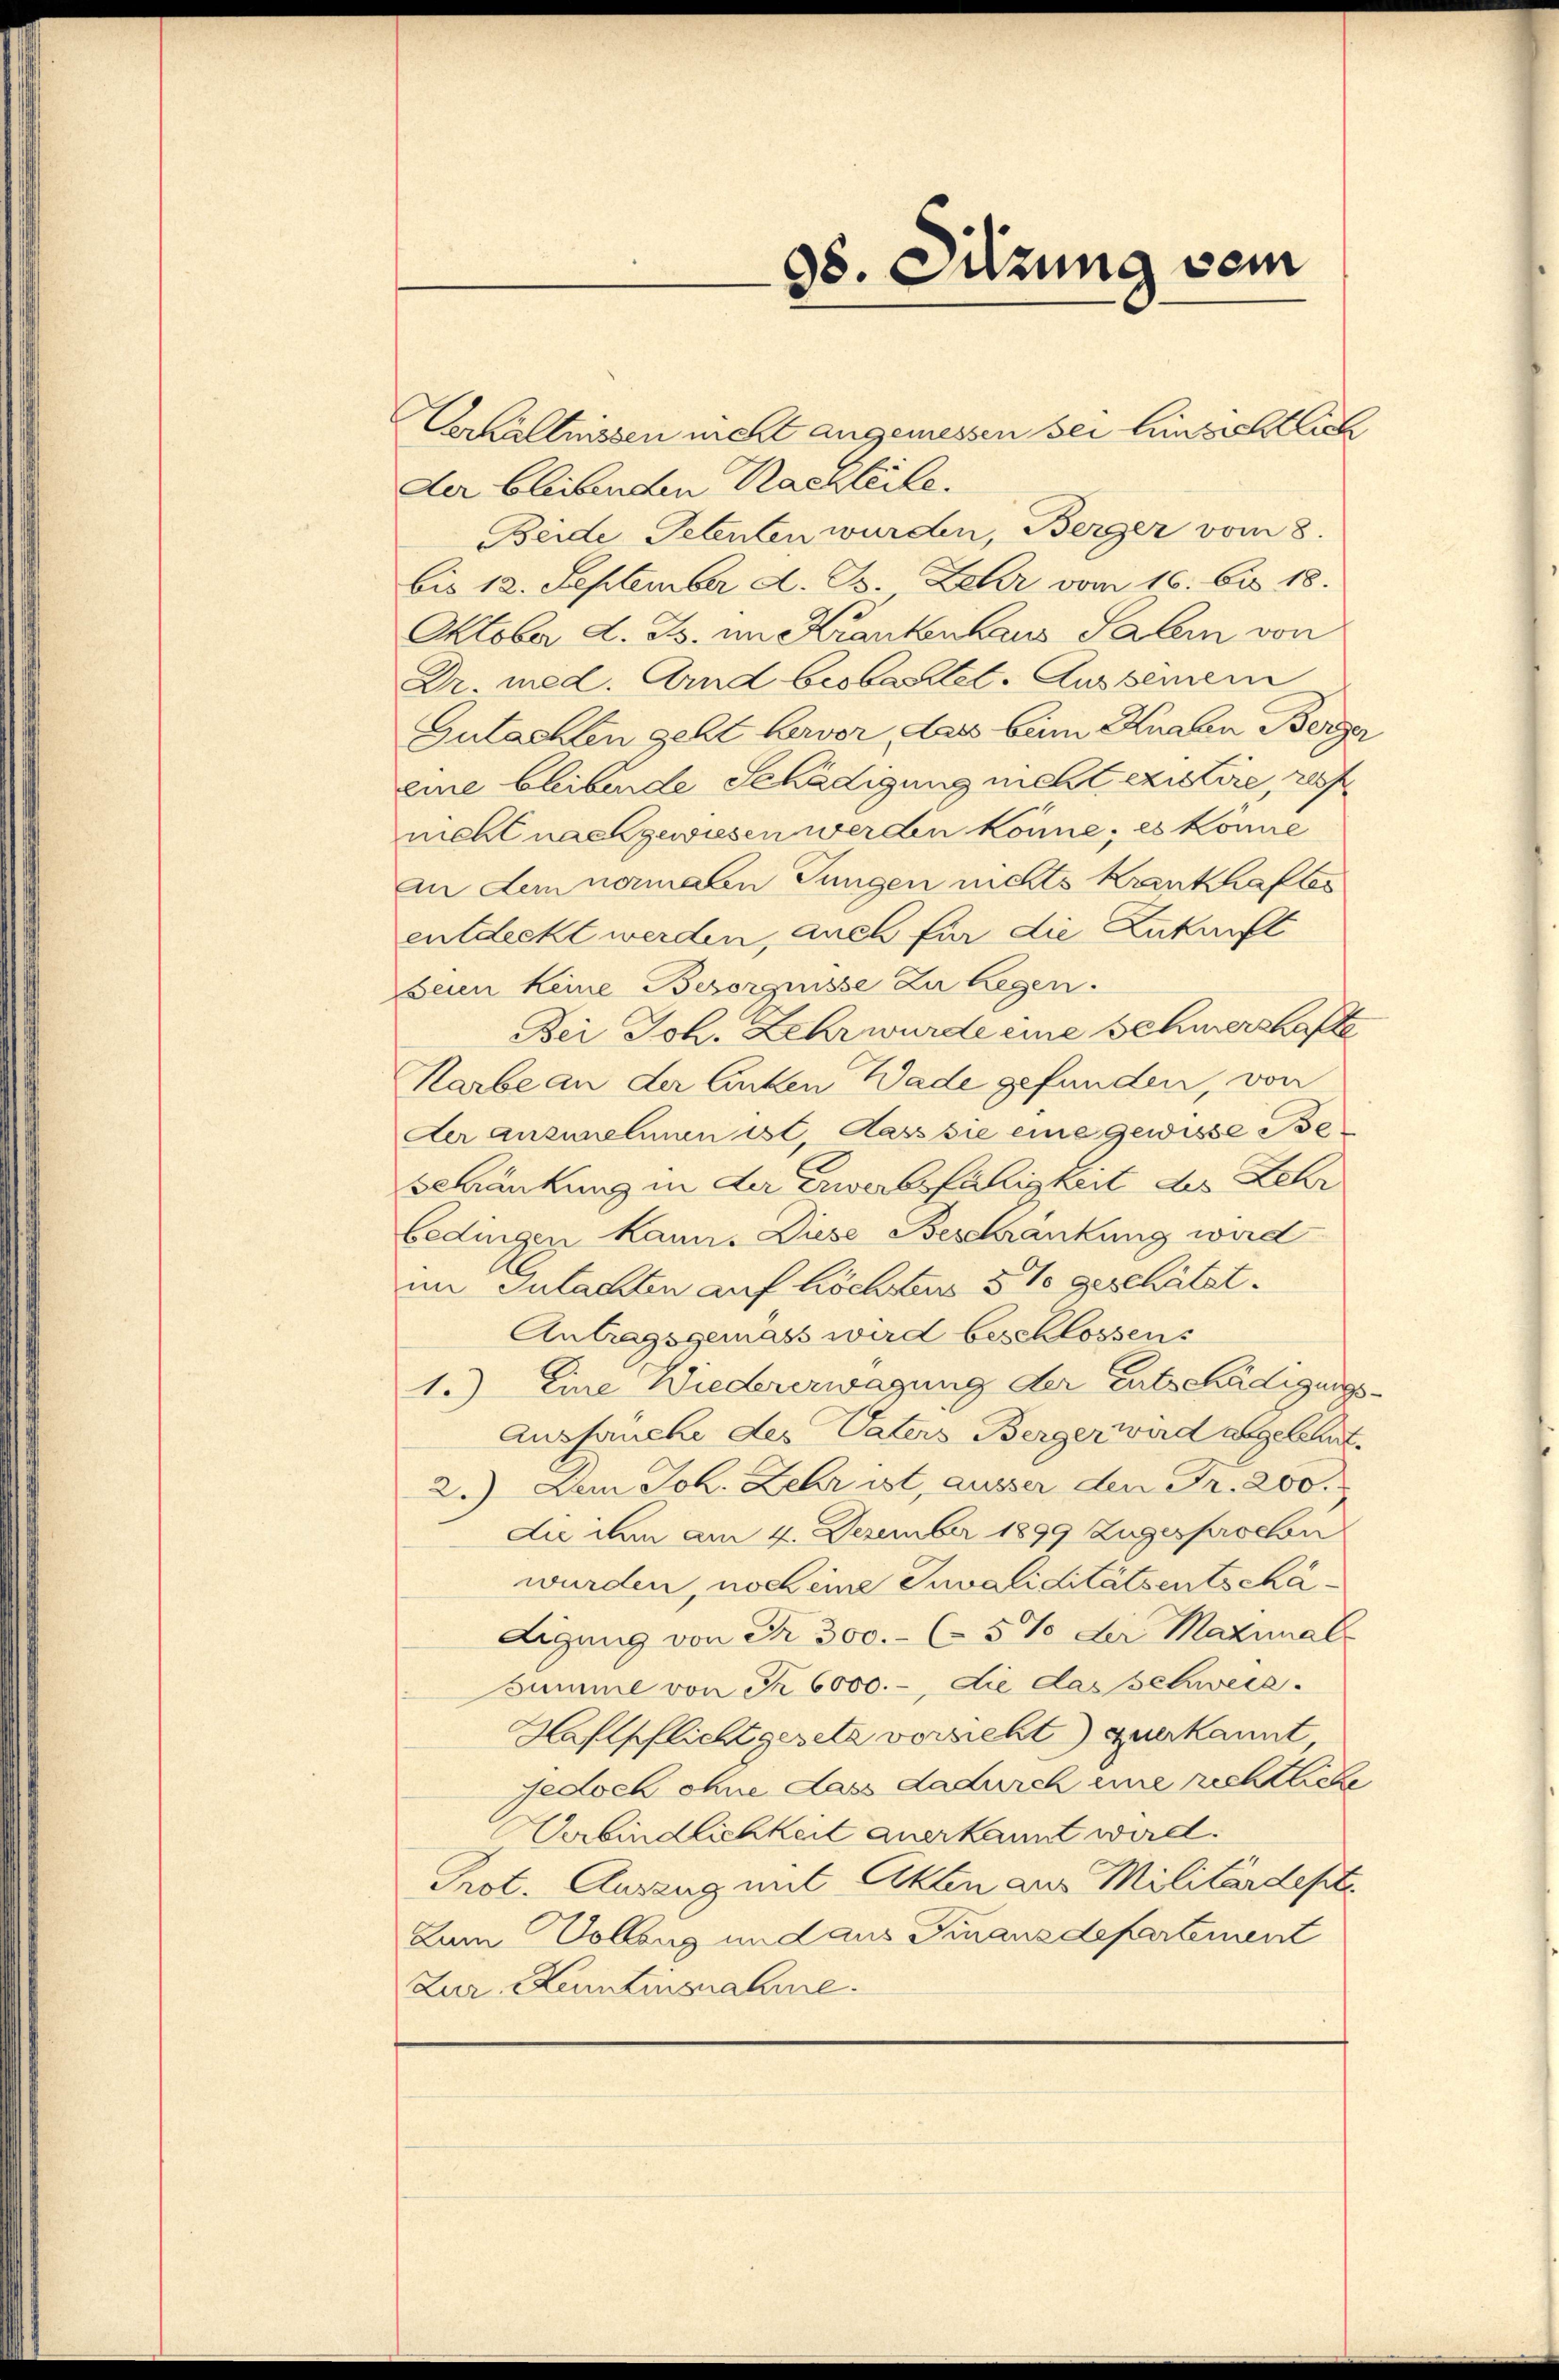
98. Sitzung dem

Verhältnissen nicht angemessen sei Hinsichtlich
Der bleibenden Kaszteile.
Beide Petenten wurden, Berger vom 8.
bis 12. September d. B. Lehr vom 16. bis 18.
Oktober d. Js. im Krankenhaus Salein von
Dr. med. Arnd beobachtet. Ausseinem
Gutachten geht hervor, dass beim Knaben Berger
eine bleibende Schädigung nicht existire, res
nicht nachgewiesen werden könne, es könne
An dem nomalen Jungen nichts Krankhafter
entdeckt werden, auch für die Zukunft
Seien keine Besorgnisse zu legen.
Dei Joh. Lehr wurde eine Schmerzhafte
Karbe an der linken Wade gefunden, von
der anzunehmen ist, dass sie eine gewisse Beschränkung in der Erwerbsfähigkeit des Lehr
bedingen kann. Diese Beschränkung wird
im Gutachten auf höchten 5 % geschätzt.
Antragsgemäss wird beschlossen:
1.) Eine Wiedererwägung der Entschädigungs¬
Ausfruche des Vaters Berger ward abgelehnt.
2.) Dem Joh. Lehr ist, ausser den Fr. 200.
Du dem am 4. Dezember 1899 Zugesprochen
wurden, noch eine Suvaliditätsentschädigung von Fr. 300.- (5% der Mazinale
Summe von Fr. 6000.-, die das schweiz.
Haftpflichtgesetz versieht) zuerkannt
yedoch ohne dass dadurch eine richtliche
Verbindlichkeit anerkannt wird.
Prot. Auszug mit Akten aus Militärdepte
Zum Vollenz und aus Finanzdepartement
Zur Kenntinsnahme.